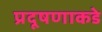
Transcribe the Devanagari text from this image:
प्रदूषणाकडे